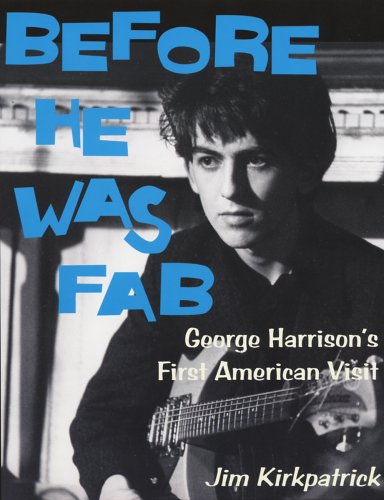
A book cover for Before He Was Fab : George Harrison's First American Visit; Jim Kirkpatrick; Humor & Entertainment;